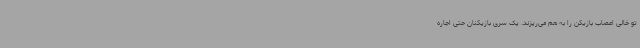
تو خالی اعصاب بازیکن را به هم می‌ریزند. یک سری بازیکنان حتی اجاره